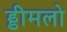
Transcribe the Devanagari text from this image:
ड्डीमलो